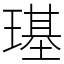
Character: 璂